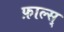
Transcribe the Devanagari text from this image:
फ़ाल्स्